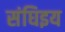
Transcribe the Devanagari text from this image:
संघिइय